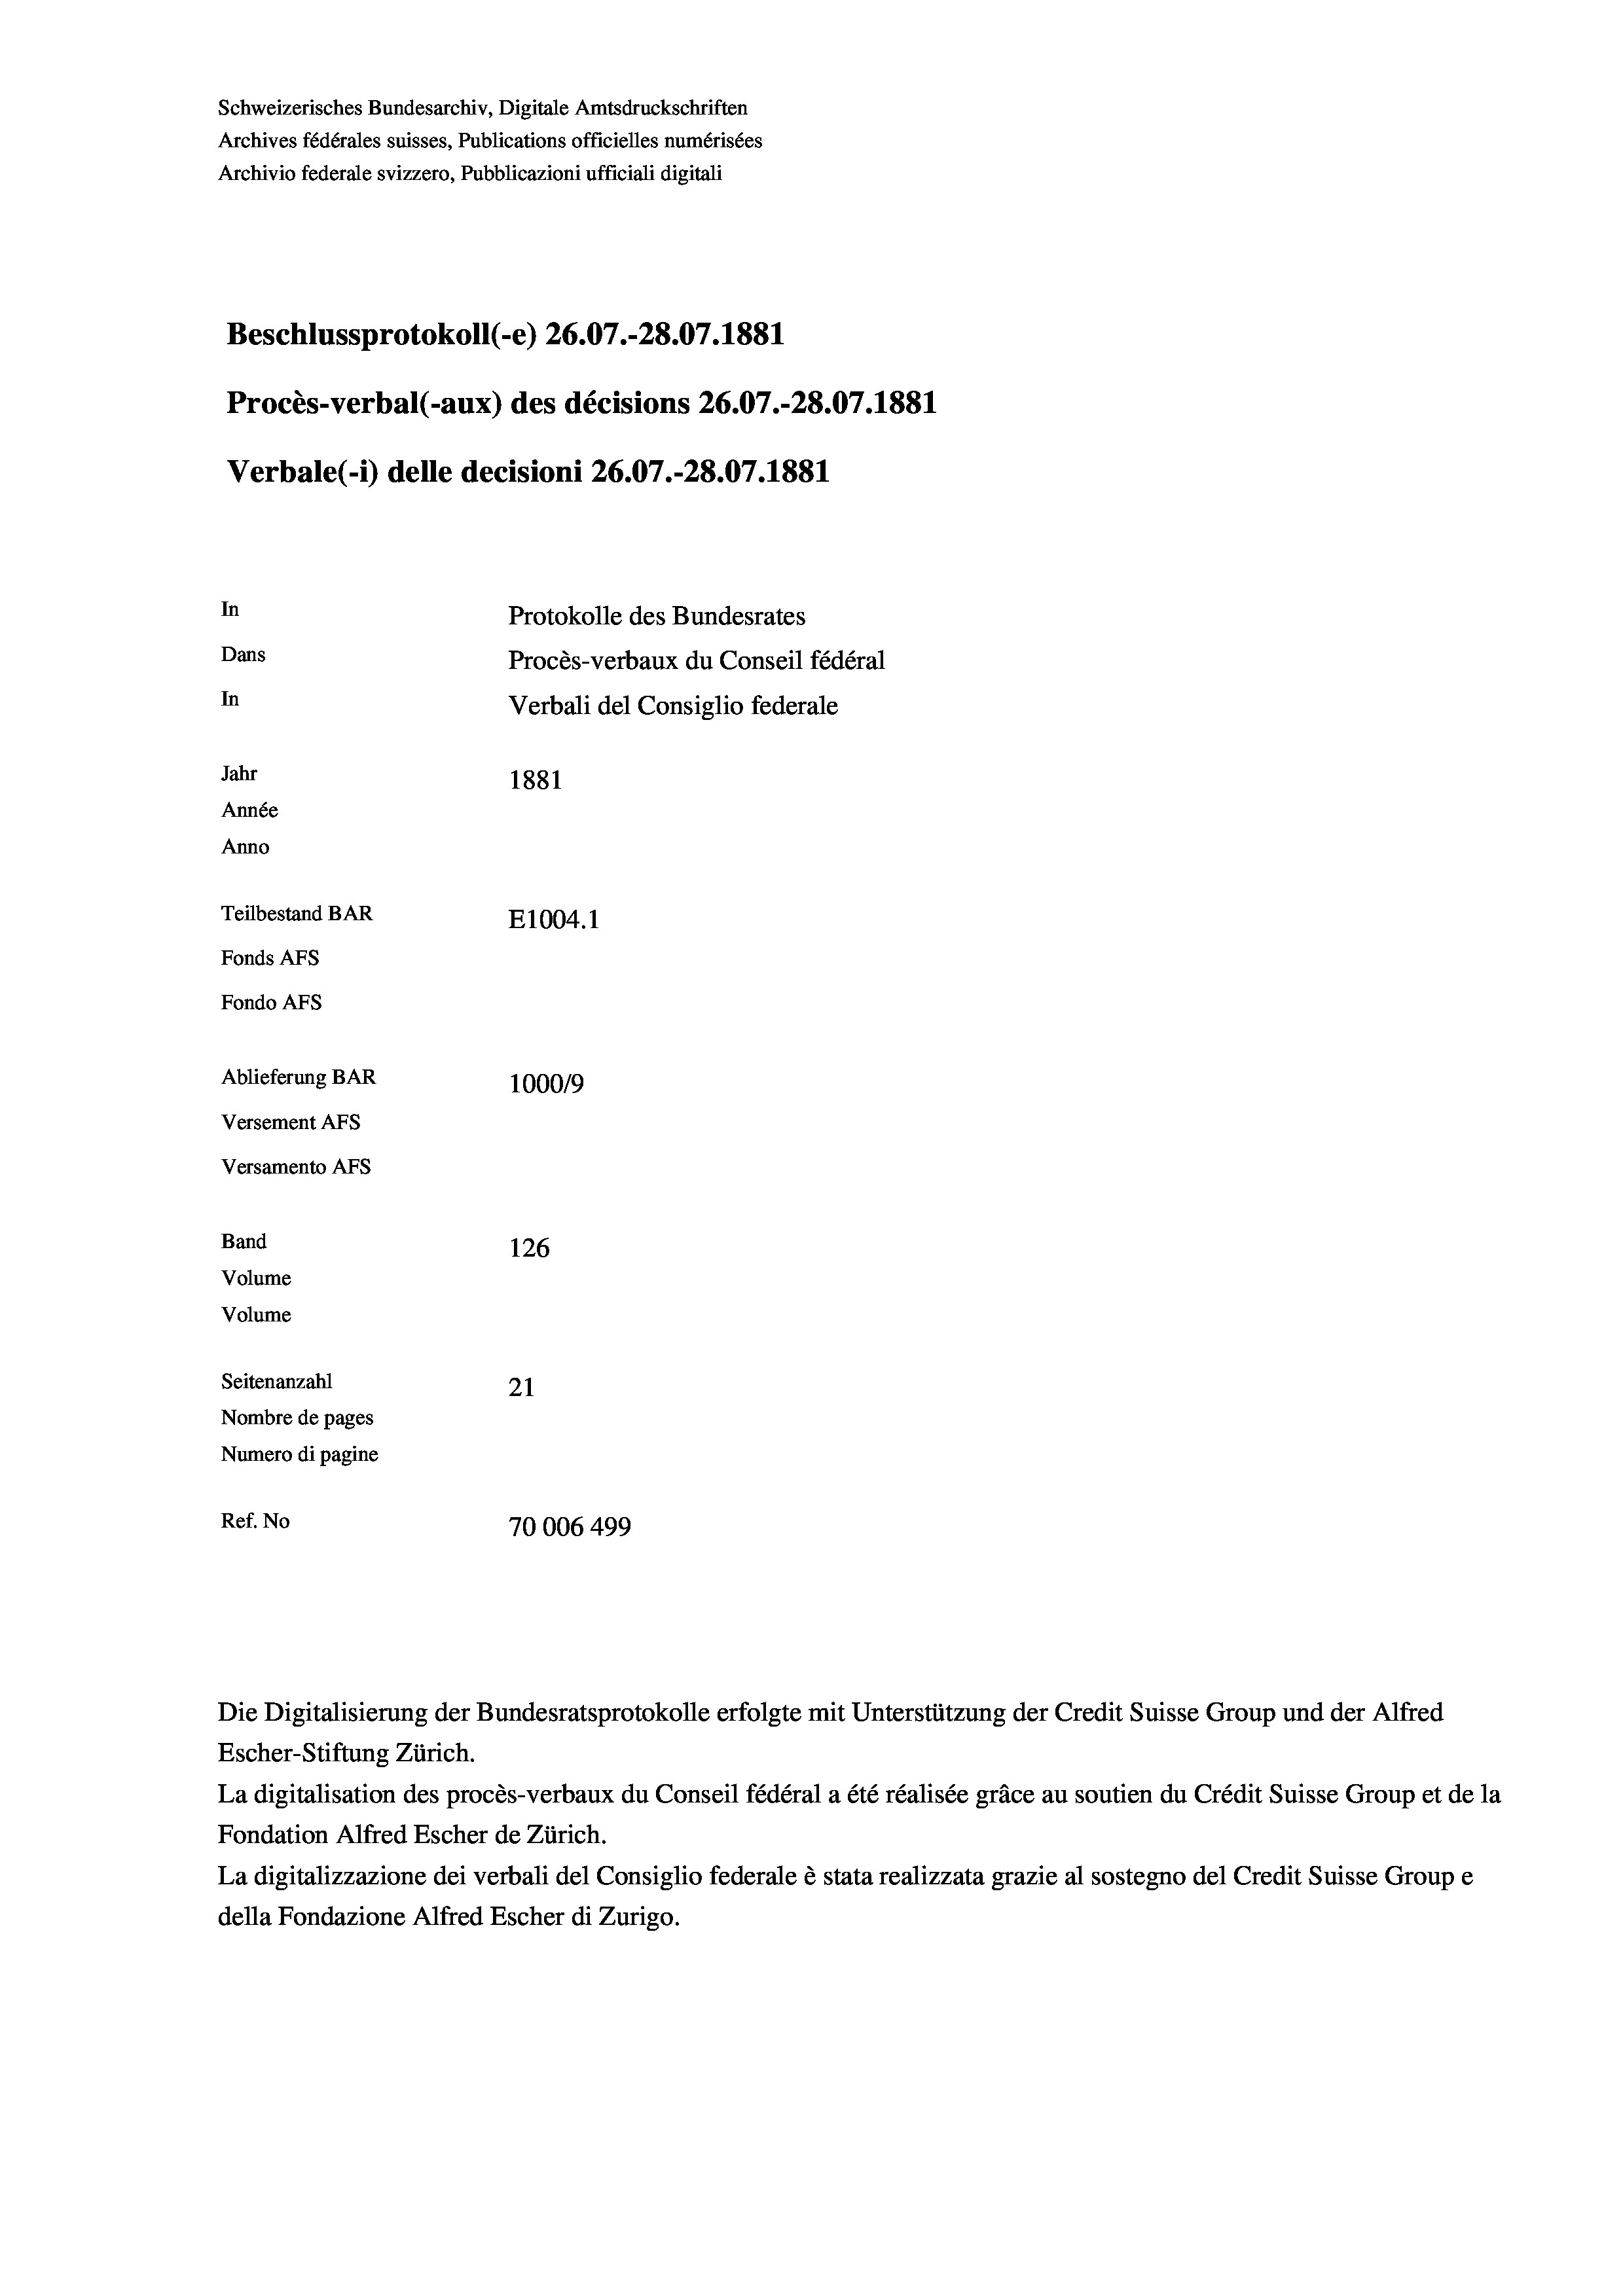
Schweizerisches Bundesarchiv, Digitale Amtsdruckschriften
Archives fédérales suisses, Publications officielles numérisées
Archivio federale svizzero, Pubblicazioni ufficiali digitali
Beschlussprotokoll (-e) 26.07.-28.07. 1881
Procès-verbal (-aux) des décisions 26.07.-28.07. 1881
Verbale (- 1) delle decisioni 26.07.-28.07. 1881
In
Protokolle des Bundesrates
Dans
Procès-verbaux du Conseil fédéral
In
Verbali del Consiglio federale
Jahr
1881
Année
Anno
Teilbestand BAR
E1004. 1
Fonds AFs
Fondo Afs
Ablieferung BAR
100019
Versement AFs
Versamento Afs
Band
126
Volume
Volume
Seitenanzahl
21
Nombre de pages
Numero di pagine
Ref. No
70006 499

Die Digitalisierung der Bundesratsprotokolle erfolgte mit Unterstützung der Credit Suisse Group und der Alfred
Escher-Stiftung Zürich.
La digitalisation des procès-verbaux du Conseil fédéral a été réalisée gräce au soutien du Crédit Suisse Group et de la
Fondation Alfred Escher de Zürich.
La digitalizzazione dei verbali del Consiglio federale è stata realizzata grazie al sostegno del Credit Suisse Groupe
della Fondazione Alfred Escher di Zurigo.